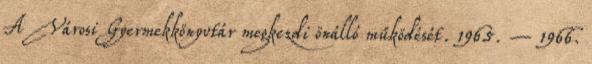
A Városi Gyermekkönyvtár megkezdi önálló működését. 1965. – 1966.